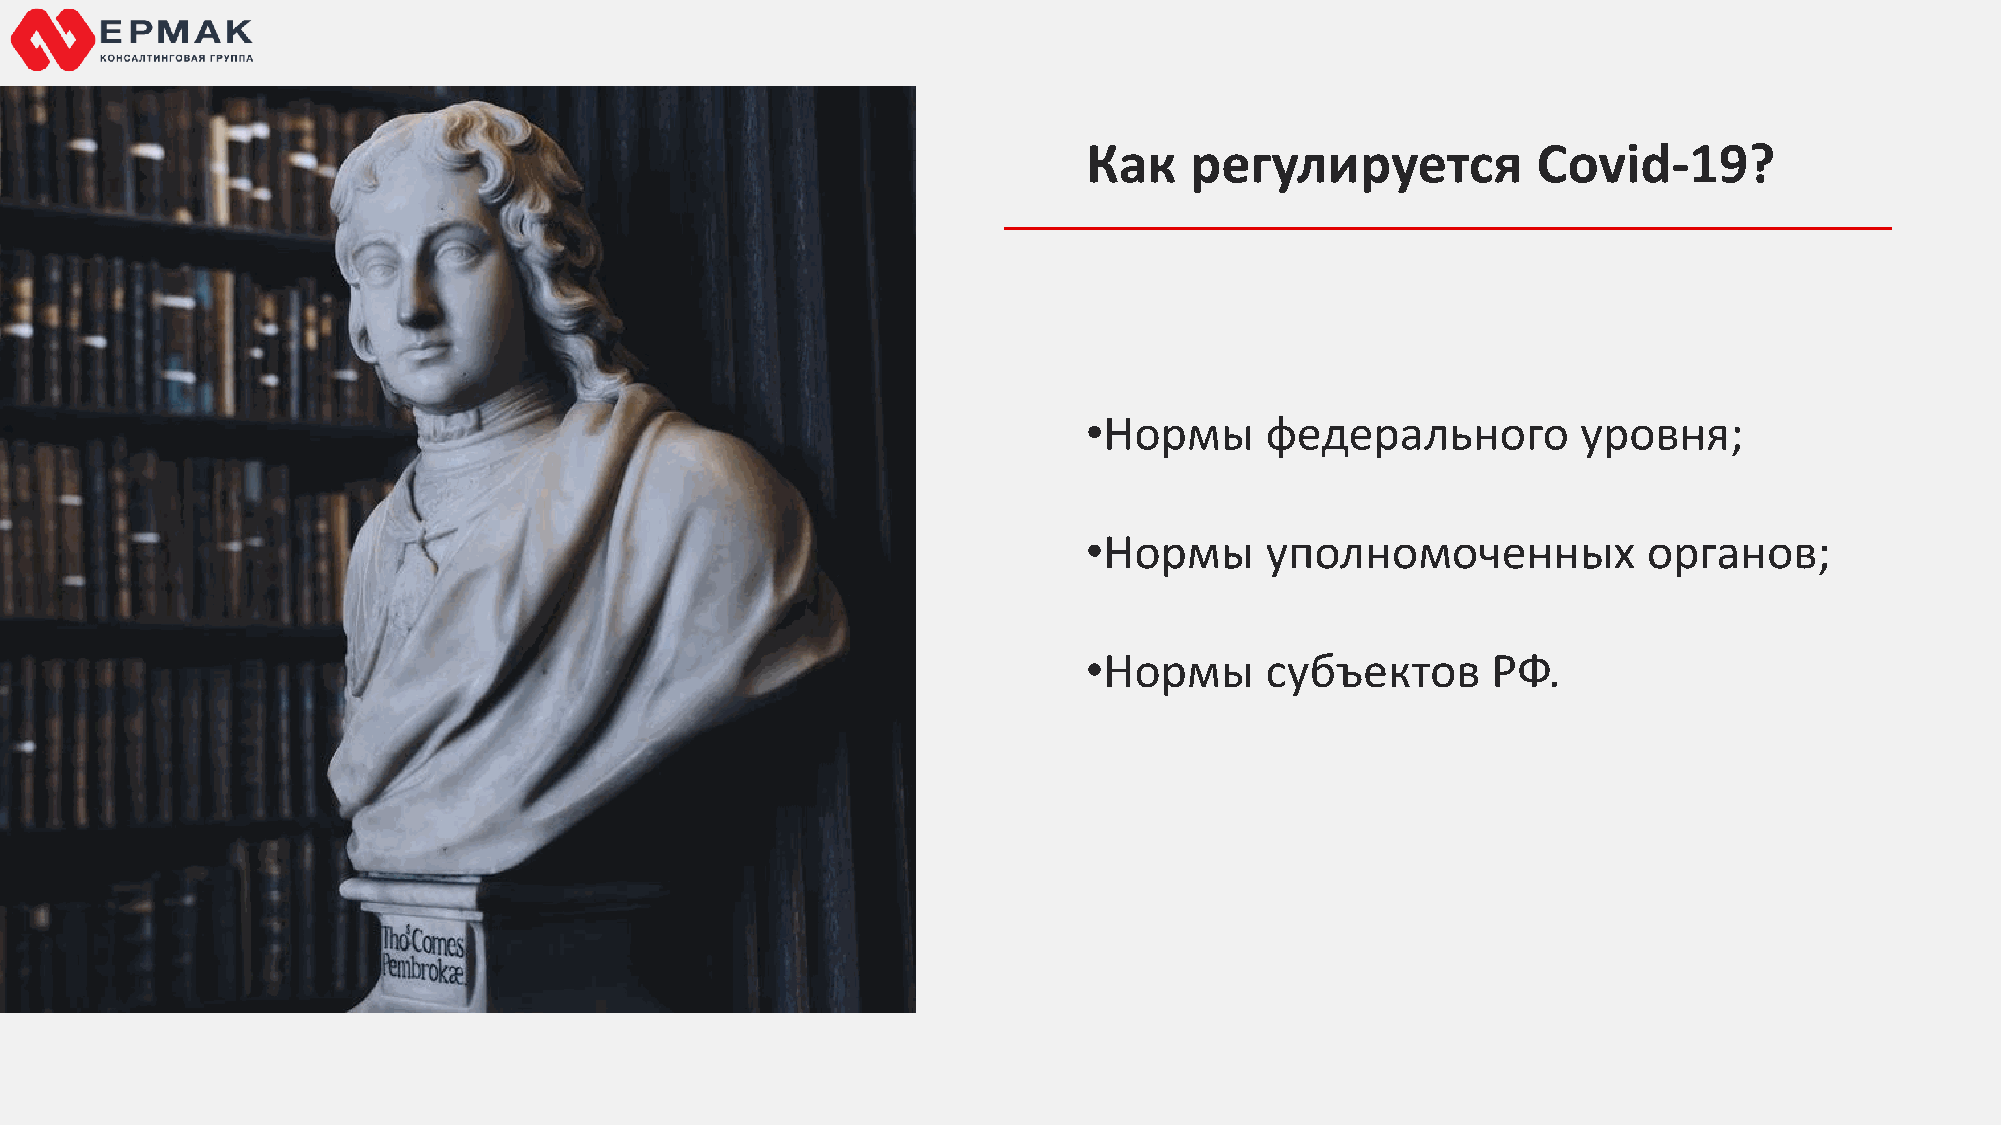
Как    регулируется           Covid-19?
 •Нормы      федерального         уровня;
 •Нормы      уполномоченных           органов;
 •Нормы      субъектов      РФ.